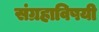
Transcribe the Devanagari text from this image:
संग्रहाविषयी